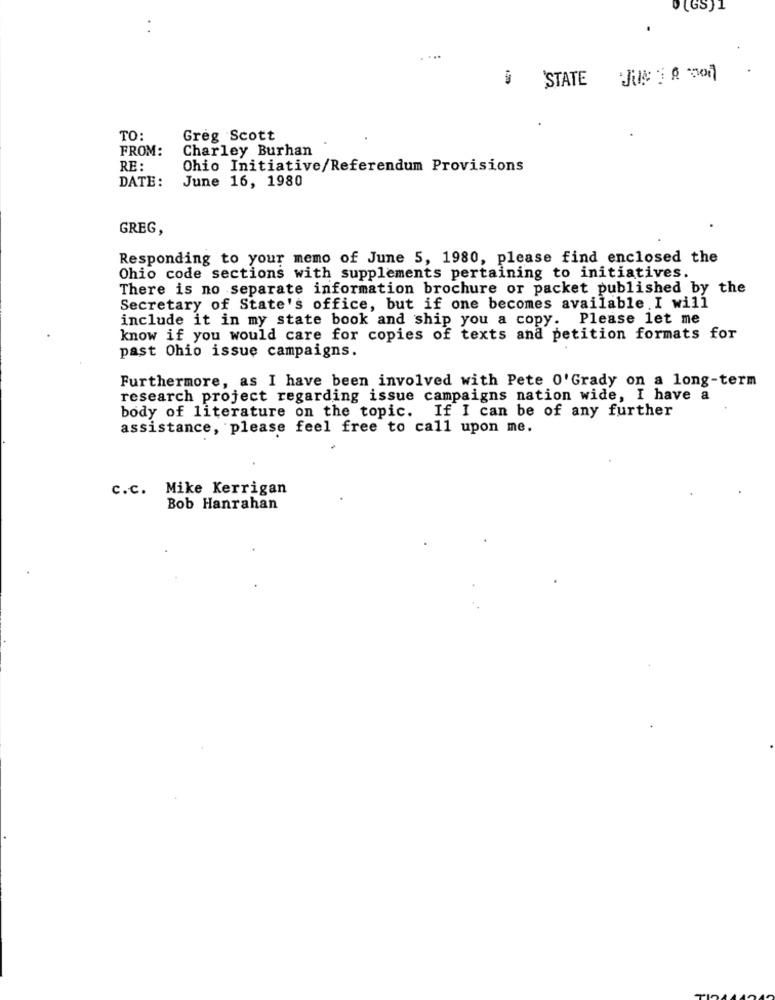
0 (GS)1
...
STATE
TO:
Greg Scott
FROM:
Charley Burhan
RE:
Ohio Initiative/Referendum Provisions
June 16, 1980
DATE:
GREG,
Responding to your memo of June 5, 1980, please find enclosed the
Ohio code sections with supplements pertaining to initiatives.
There is no separate information brochure or packet published by the
Secretary of State's office, but if one becomes available . I will
include it in my state book and ship you a copy. Please let me
know if you would care for copies of texts and petition formats for
past Ohio issue campaigns.
Furthermore, as I have been involved with Pete O'Grady on a long-term
research project regarding issue campaigns nation wide, I have a
body of literature on the topic. If I can be of any further
assistance, please feel free to call upon me.
c.c. Mike Kerrigan
Bob Hanrahan